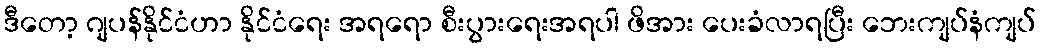
ဒီတော့ ဂျပန်နိုင်ငံဟာ နိုင်ငံရေး အရရော စီးပွားရေးအရပါ ဖိအား ပေးခံလာရပြီး ဘေးကျပ်နံကျပ်